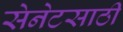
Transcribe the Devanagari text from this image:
सेनेटसाठी